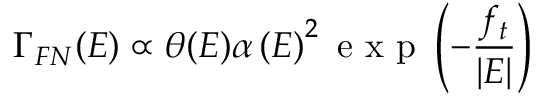
\Gamma _ { F N } ( E ) \propto \theta ( E ) \alpha \left( E \right) ^ { 2 } \mathrm { ~ e ~ x ~ p ~ } \left( - \frac { f _ { t } } { \vert E \vert } \right)